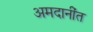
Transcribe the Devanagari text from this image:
अमदानींत